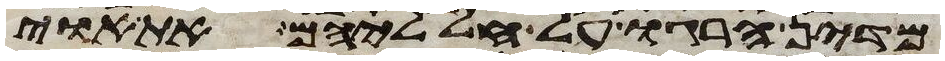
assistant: מדין הרגו על חלליהם את אוי